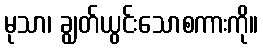
မုသာ၊ ချွတ်ယွင်းသောစကားကို။